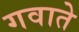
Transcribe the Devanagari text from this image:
गवाते